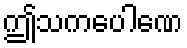
ဤသကပေါဏေ